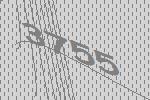
3755